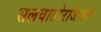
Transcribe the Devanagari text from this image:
सलवातोरजिसके